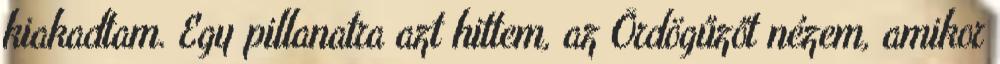
kiakadtam. Egy pillanatra azt hittem, az Ördögűzőt nézem, amikor